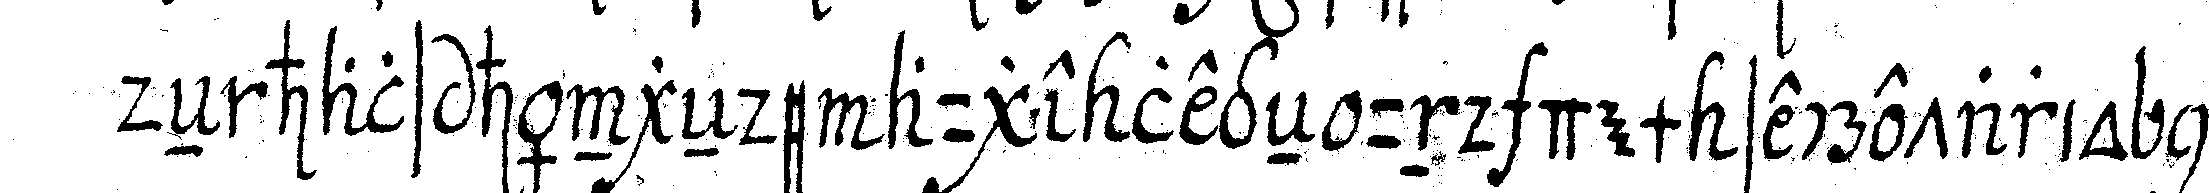
deN hals hängeNde auge legeN und dem secretario nach